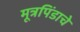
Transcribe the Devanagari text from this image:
मूत्रपिंडाचे